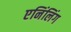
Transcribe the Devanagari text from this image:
एनिंलिंग